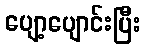
ပျော့ပျောင်းပြီး